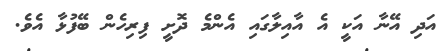
އަދި އޭނާ އަކީ އެ އާއިލާގައި އެންމެ ދޮށީ ފިރިހެން ބޭފުޅާ އެވެ.